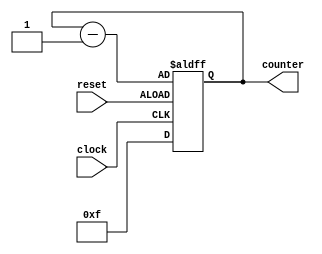
/*Program By Vicky_A*/

module upcount (
	input clock,reset,
	output [3:0] counter
	
);

reg [3:0] counter_up;

always @(posedge clock or negedge reset) begin 

	if(reset)
		counter_up <= 4'b1111;
	else
		counter_up <= counter_up - 4'b0001;
end
assign counter = counter_up;
endmodule